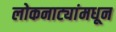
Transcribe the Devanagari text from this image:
लोकनाट्यांमधून